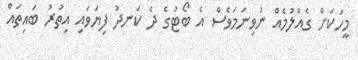
މީހަކަށް ގެއްލުމެއް ނުވިނަމަވެސް އެ ބޯޓުގެ ދެ ކަނދު ފިޔަވައި އިތުރު ބައިތައް